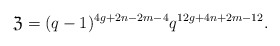
\begin{align*}\mathfrak{Z}={(q-1)^{4g+2n-2m-4}q^{12g+4n+2m-12}}.\end{align*}